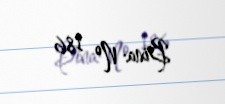
Bina: № 186